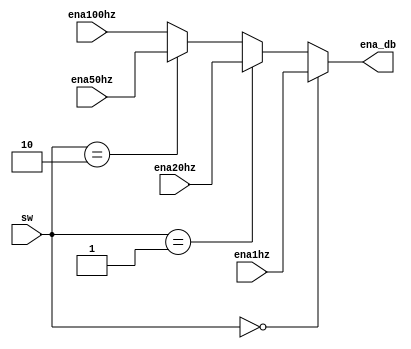
`timescale 1ns / 1ps
//////////////////////////////////////////////////////////////////////////////////
// Company: 
// Engineer: 
// 
// Design Name: 
// Module Name: Dahop_4kenh_1bit
// Project Name: 
// Target Devices: 
// Tool Versions: 
// Description: 
// 
// Dependencies: 
// 
// Revision:
// Revision 0.01 - File Created
// Additional Comments:
// 
//////////////////////////////////////////////////////////////////////////////////


module Dahop_4kenh_1bit(
    input   ena1hz, ena20hz, ena50hz, ena100hz,
    input   [1:0] sw,
    output  ena_db
    );
    
assign ena_db = (sw == 2'b00) ? ena1hz : (sw == 2'b01) ? ena20hz : (sw == 2'b10) ? ena50hz : ena100hz;   
    
endmodule